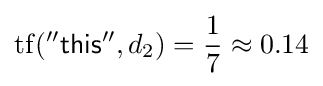
\mathrm {tf} ({\mathsf {''this''}},d_{2})={\frac {1}{7}}\approx 0.14